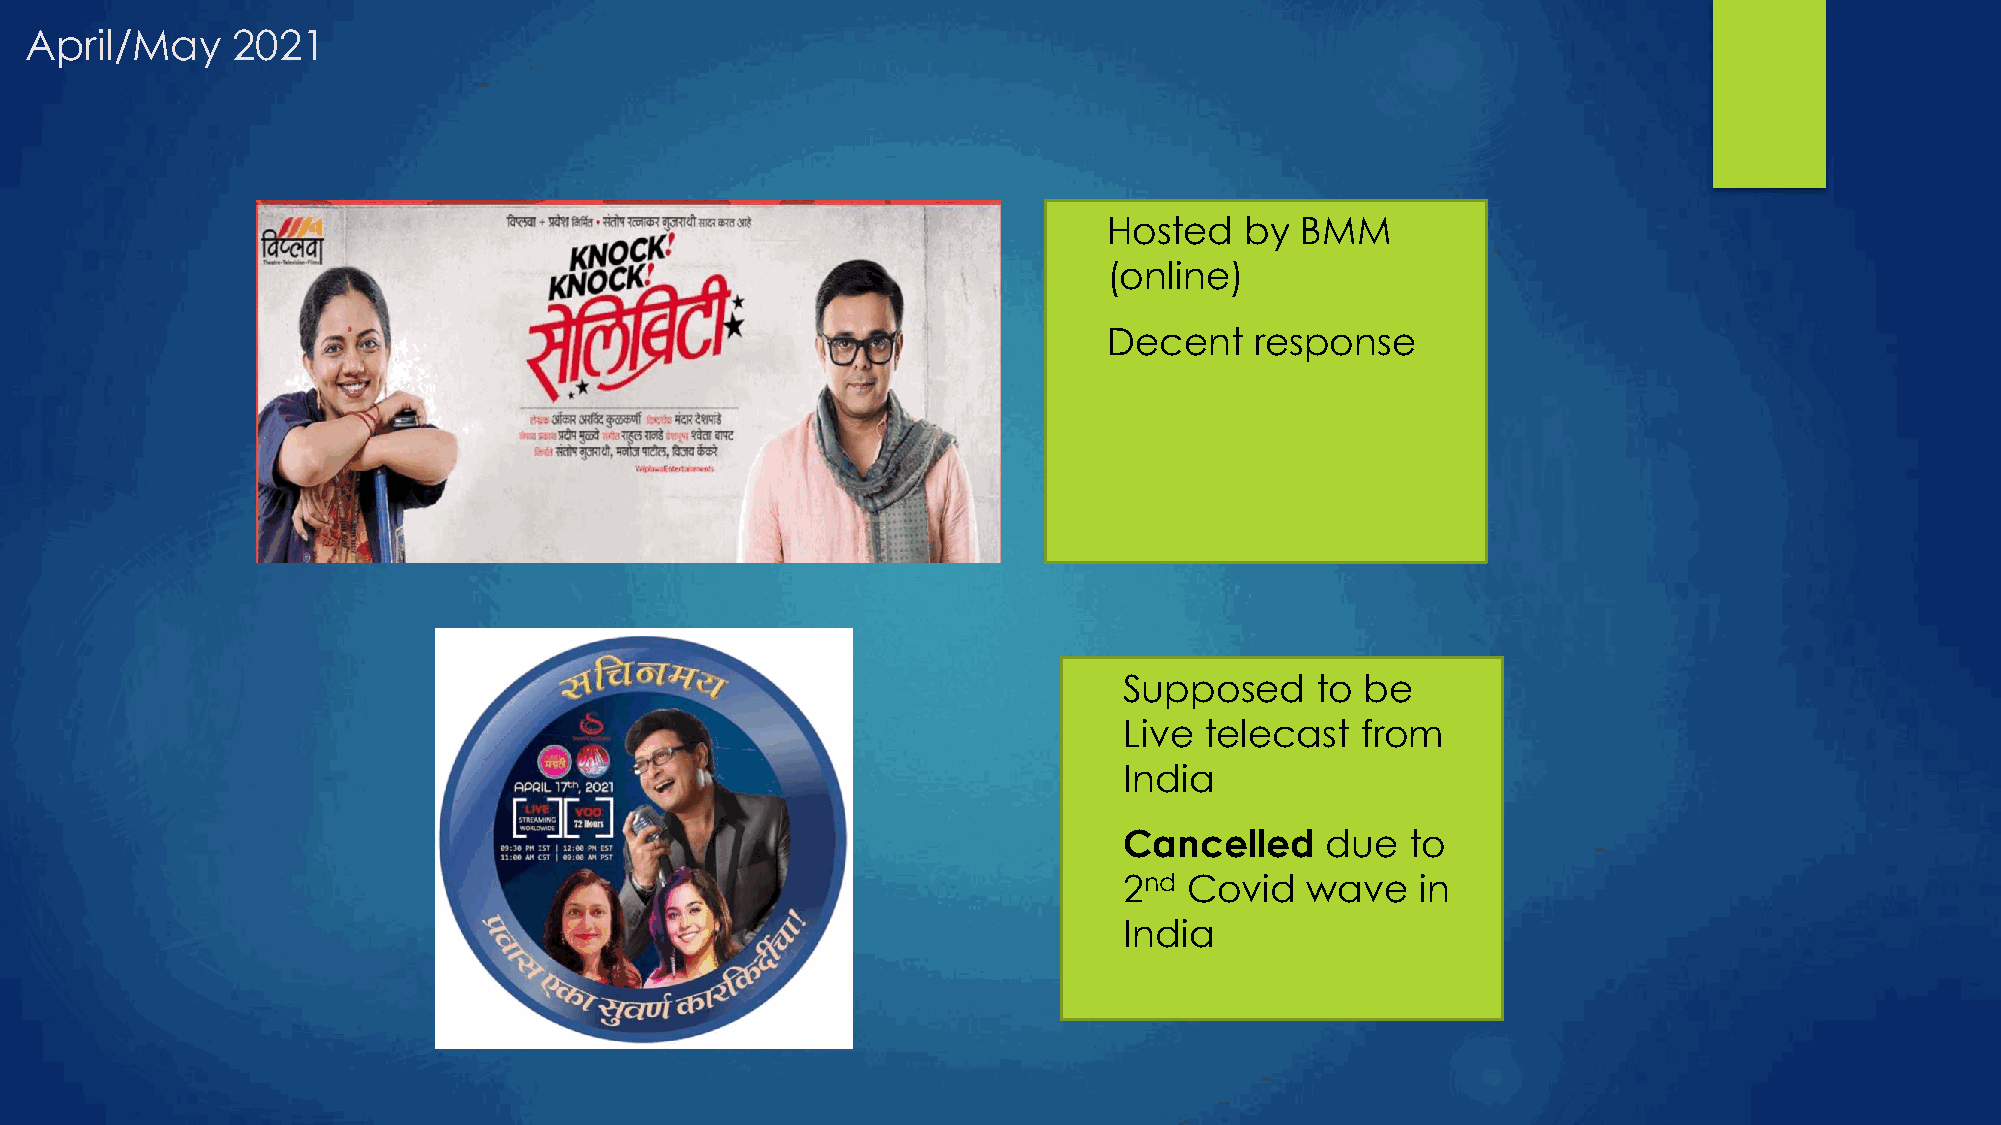
April/May    2021
   Hosted   by  BMM
 (online)
   Decent    response
   Supposed     to be
 Live  telecast  from
 India
   Cancelled     due  to
 2nd  Covid  wave    in
 India